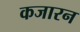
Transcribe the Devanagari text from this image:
कजारन